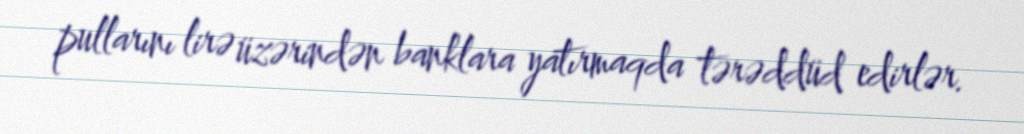
pullarını lirə üzərindən banklara yatırmaqda tərəddüd edirlər.